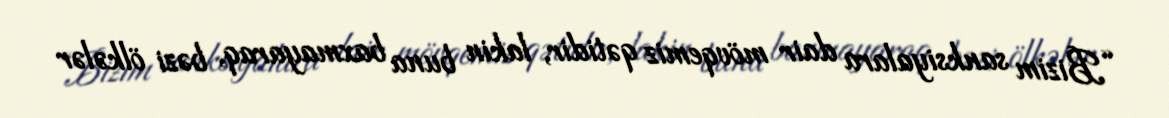
“Bizim sanksiyalara dair mövqemiz qətidir, lakin buna baxmayaraq, bəzi ölkələr